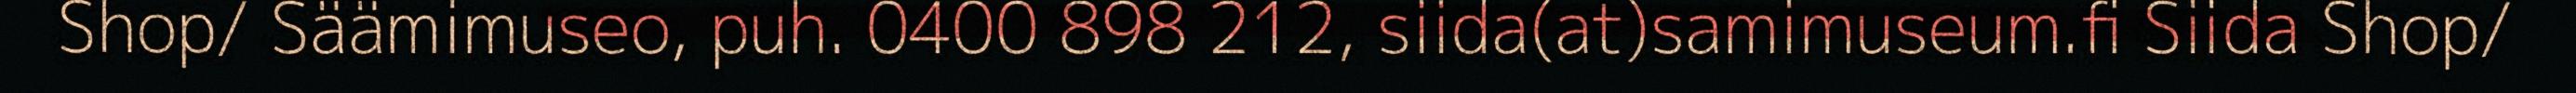
Shop/ Säämimuseo, puh. 0400 898 212, siida(at)samimuseum.fi Siida Shop/